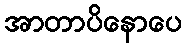
အာတာပိနောပေ